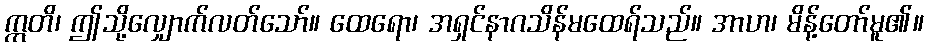
ဣတိ၊ ဤသို့လျှောက်လတ်သော်။ ထေရော၊ အရှင်နာဂသိန်မထေရ်သည်။ အာဟ၊ မိန့်တော်မူ၏။